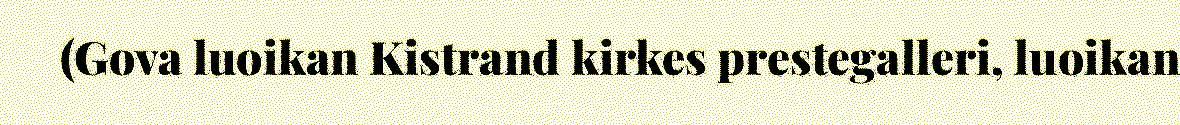
(Gova luoikan Kistrand kirkes prestegalleri, luoikan